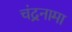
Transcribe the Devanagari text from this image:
चंद्रनामा